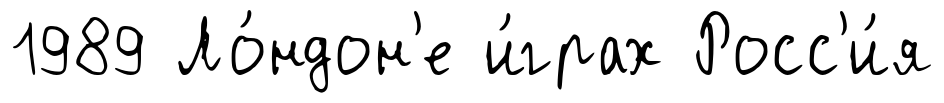
1989 Ло́ндон'е и́грах Росс'и́я